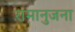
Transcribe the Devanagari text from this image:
रामानुजना